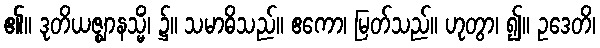
၏။ ဒုတိယဇ္ဈာနသ္မိံ၊ ၌။ သမာဓိသည်။ ဧကော၊ မြတ်သည်။ ဟုတွာ၊ ၍။ ဥဒေတိ၊